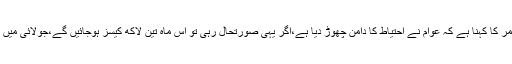
دوسری جانب این سی او سی کے سربراہ اسد عمر کا کہنا ہے کہ عوام نے احتیاط کا دامن چھوڑ دیا ہے،اگر یہی صورتحال رہی تو اس ماہ تین لاکھ کیسز ہوجائیں گے،جولائی میں یہ تعداد چھ سے سات لاکھ تک پہنچ سکتی ہے۔